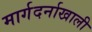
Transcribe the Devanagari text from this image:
मार्गदर्नाखाली